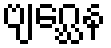
ဗျဂ္ဃေန